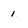
Character: 1